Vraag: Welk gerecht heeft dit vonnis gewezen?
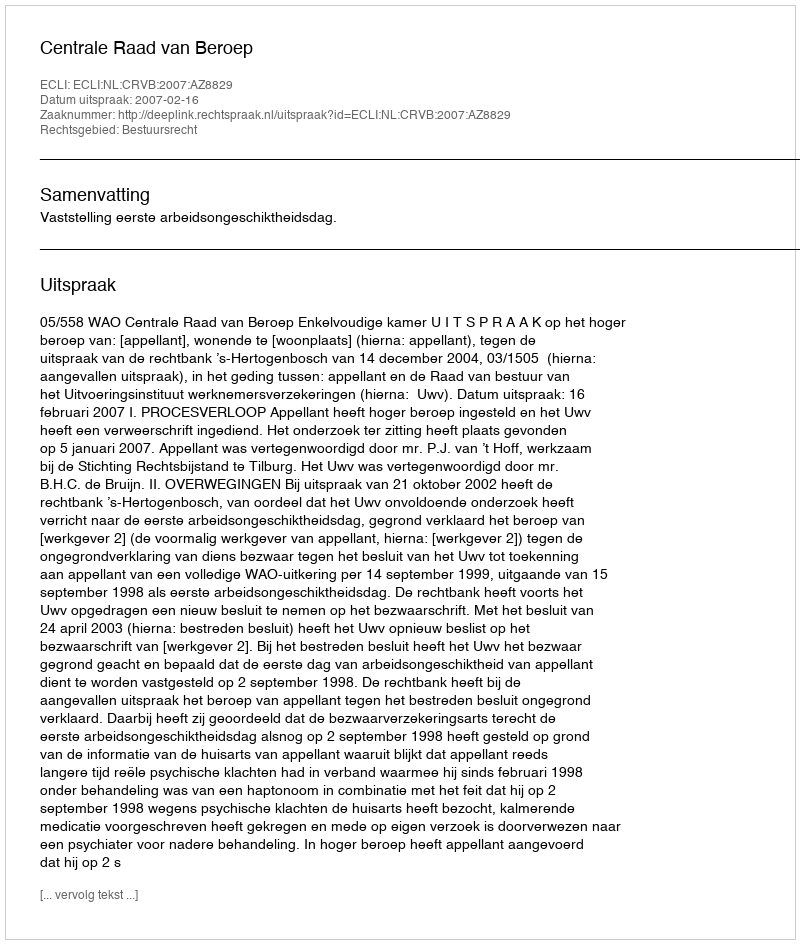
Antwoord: Centrale Raad van Beroep